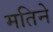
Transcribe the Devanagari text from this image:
मतिने